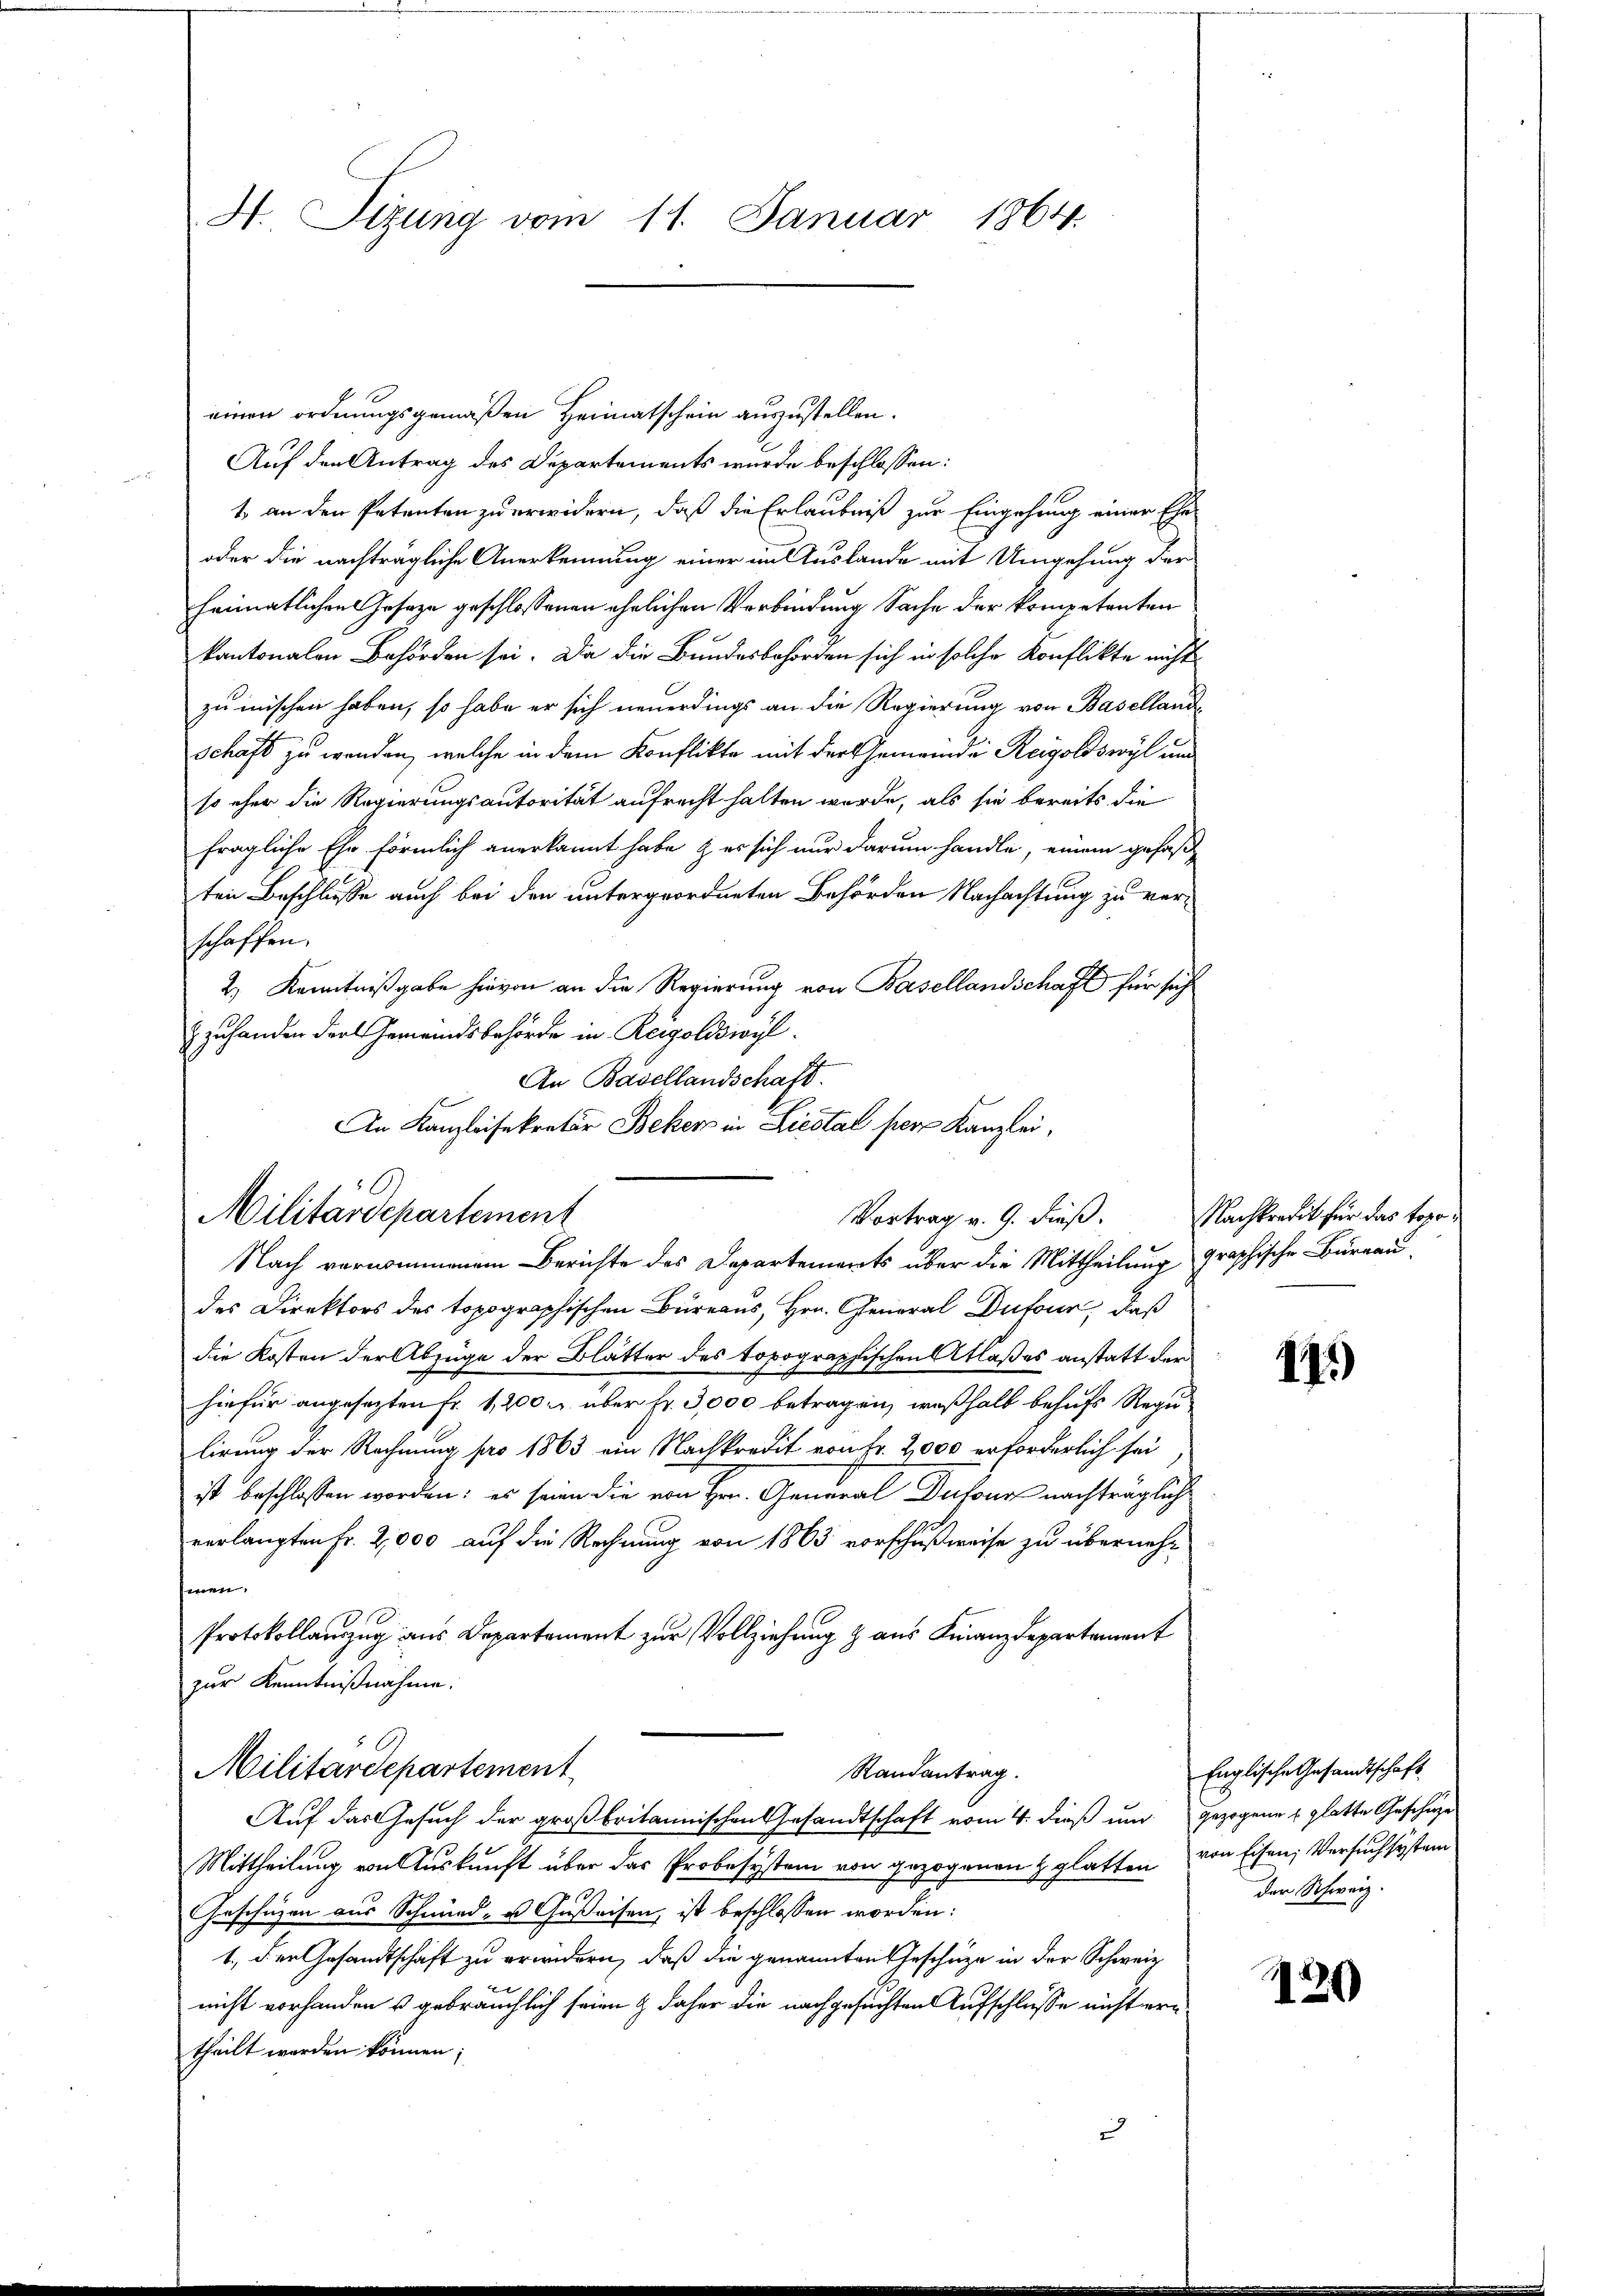
H. Sizung vom 11. Januar 1864.

1. an den Petenten zu erwidern, daß die Erlaubniß zur Eingehung einer Ehe
oder die nachträgliche Anerkennung einer in Auslande mit Umgehung der
heimatlichen Gesaze geschlossenen ehelichen Verbindung Sache der kompetenten
kantonalen Behörden sei. Da die Bundesbehörden sich in solche Konflikte nicht
zu mischen haben, so habe er sich neuerdings an die Regierung von Basellande
schaft zu wenden, welche in dem Konflikte mit der Gemeinde Reigoldswyl und
so eher die Regierungsautorität aufrecht halten wurde, als sie bereits die
fragliche Ehe förmlich anerkannt habe & er sich nur darum handle, einem gefaßten Beschlusse auch bei den untergeordneten Behörden Nachachtung zu verschaffen.
2.) Kenntnißgabe hievon an die Regierung von Basellandschaft für sich
zzuhanden der Gemeindsbehörde in Reigoldswyl
An Basellandschaft.
An Kanzleisekretär Beken in Liestal per Kanzlei,
Nach vernommenem Berichte des Departements über die Mittheilung graphische Bureau,
des Direktors des topographischen Büreaus, Hrn. General Dufour, daß
die Kosten der Abzüge der Blätter des topographischen Atlaßes anstatt der
hiefür angesezten fr. 1,200 u. über Fr. 3,000 betragen, weßhalb behufs Regu-
lirung der Rechnung pro 1863 ein Nachkredit von Fr. 2000 erforderlich sei
ist beschlossen worden: es seine die von Hr. General Dufour nachträgliche
verlangten Fr. 2,000 auf die Rechnung von 1863 vorschußweise zu übernehmnen.
Protokollauszug aus Departement zur Vollziehung & aus Finanzdepartement
zur Kenntnißnahme.
Militärdepartement
Randantrag.
Auf das Gesuch der großbritannischen Gesandtschaft vom 4. dieß um gezogene u. glatte Geschäze
Mittheilung von Auskunft über das Probesystem von gezogenen glatten von Eisen Versuchsystem
Geschäzen aus Schmid- u Gußeisen, ist beschlossen worden:
1., der Gesandtschaft zu erwidern, daß die genannten Geschäze in der Schweiz
nicht vorhanden u gebräuchlich seien & daher die nachgesuchten Aufschlusse nicht ertheilt werden können;

Militärdepartement

einen ordnungsgemäßen Heimatschein auszustellen.
Auf den Antrag des Departements wurde beschlossen:

Vortrag v. 9. dieß. Nachkredit für das topo¬

1.)

Englische Gesandtschaft
der Schweiz.

129